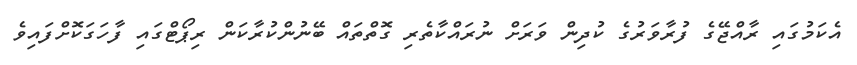
އެކަމުގައި ރާއްޖޭގެ ފުރާވަރުގެ ކުދިން ވަރަށް ނުރައްކާތެރި ގޮތްތައް ބޭނުންކުރާކަން ރިޕޯޓްގައި ފާހަގަކޮށްފައިވެ